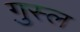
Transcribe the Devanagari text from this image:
गु़स्ल